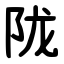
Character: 陇